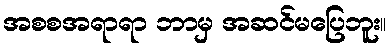
အစစအရာရာ ဘာမှ အဆင်မပြေဘူး။